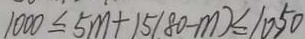
1 0 0 0 \leq 5 m + 1 5 ( 8 0 - m ) \leq 1 0 5 0